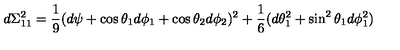
d \Sigma _ { 1 1 } ^ { 2 } = \frac { 1 } { 9 } ( d \psi + \cos \theta _ { 1 } d \phi _ { 1 } + \cos \theta _ { 2 } d \phi _ { 2 } ) ^ { 2 } + \frac { 1 } { 6 } ( d \theta _ { 1 } ^ { 2 } + \sin ^ { 2 } \theta _ { 1 } d \phi _ { 1 } ^ { 2 } )